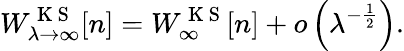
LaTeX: W_{\lambda\rightarrow\infty}^{\mathrm{~K~S~}}[n]=W_{\infty}^{\mathrm{~K~S~}}[n]+o\left(\lambda^{-\frac{1}{2}}\right).